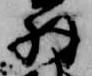
羽